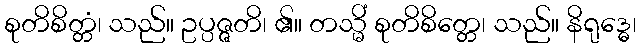
စုတိစိတ္တံ၊ သည်။ ဥပ္ပဇ္ဇတိ၊ ၏။ တသ္မိံ စုတိစိတ္တေ၊ သည်။ နိရုဒ္ဓေ၊